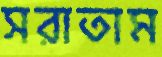
সরাতাম